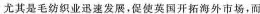
尤其是毛纺织业迅速发展，促使英国开拓海外市场，而